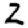
Digit: 2